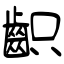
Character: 齞